Annual report of the Imperial Bacteriological Laboratory, Muktesar
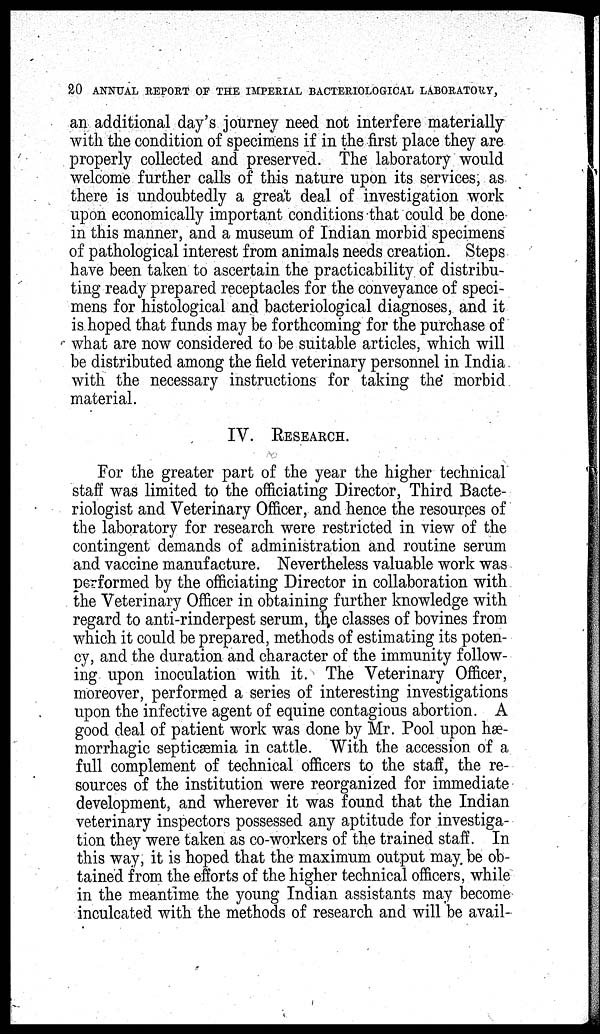
20 ANNUAL REPORT OF THE IMPERIAL BACTERIOLOGICAL LABORATORY,
an additional day's journey need not interfere materially
with the condition of specimens if in the first place they are
properly collected and preserved. The laboratory would
welcome further calls of this nature upon its services, as
there is undoubtedly a great deal of investigation work
upon economically important conditions that could be done
in this manner, and a museum of Indian morbid specimens
of pathological interest from animals needs creation. Steps
have been taken to ascertain the practicability of distribu-
ting ready prepared receptacles for the conveyance of speci-
mens for histological and bacteriological diagnoses, and it
is hoped that funds may be forthcoming for the purchase of
what are now considered to be suitable articles, which will
be distributed among the field veterinary personnel in India
with the necessary instructions for taking the morbid
material.
IV. RESEARCH.
For the greater part of the year the higher technical
staff was limited to the officiating Director, Third Bacte-
riologist and Veterinary Officer, and hence the resources of
the laboratory for research were restricted in view of the
contingent demands of administration and routine serum
and vaccine manufacture. Nevertheless valuable work was
performed by the officiating Director in collaboration with
the Veterinary Officer in obtaining further knowledge with
regard to anti-rinderpest serum, the classes of bovines from
which it could be prepared, methods of estimating its poten-
cy, and the duration and character of the immunity follow-
ing upon inoculation with it. The Veterinary Officer,
moreover, performed a series of interesting investigations
upon the infective agent of equine contagious abortion. A
good deal of patient work was done by Mr. Pool upon hæ-
morrhagic septicæmia in cattle. With the accession of a
full complement of technical officers to the staff, the re-
sources of the institution were reorganized for immediate
development, and wherever it was found that the Indian
veterinary inspectors possessed any aptitude for investiga-
tion they were taken as co-workers of the trained staff. In
this way, it is hoped that the maximum output may. be ob-
tained from the efforts of the higher technical officers, while
in the meantime the young Indian assistants may become
inculcated with the methods of research and will be avail-